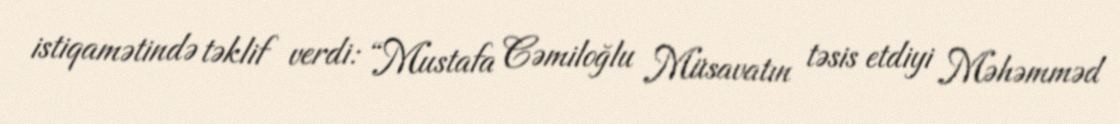
istiqamətində təklif verdi: “Mustafa Cəmiloğlu Müsavatın təsis etdiyi Məhəmməd